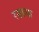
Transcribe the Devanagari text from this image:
रखथा